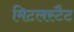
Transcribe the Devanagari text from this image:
मिटलस्टैट